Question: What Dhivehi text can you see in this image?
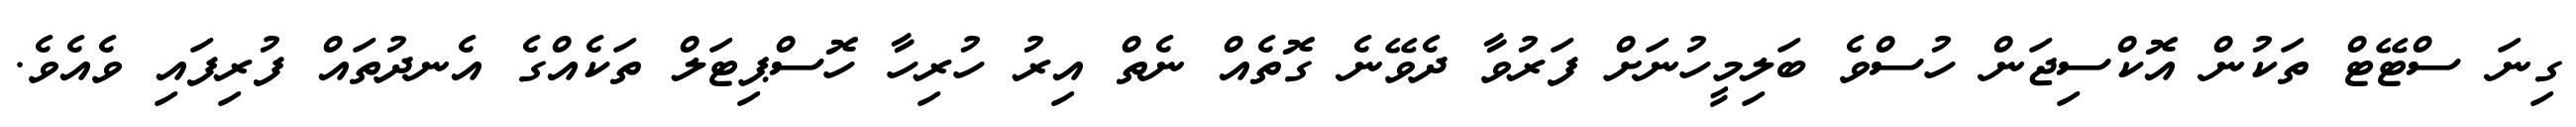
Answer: ގިނަ ސްޓޭޓް ތަކުން އޮކްސިޖަން ހުސްވެ ބަލިމީހުނަށް ފަރުވާ ދެވޭނެ ގޮތެއް ނެތް އިރު ހުރިހާ ހޮސްޕިޓަލް ތަކެއްގެ އެނދުތައް ފުރިފައި ވެއެވެ.